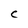
Character: C